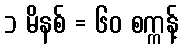
၁ မိနစ် = ၆၀ စက္ကန့်